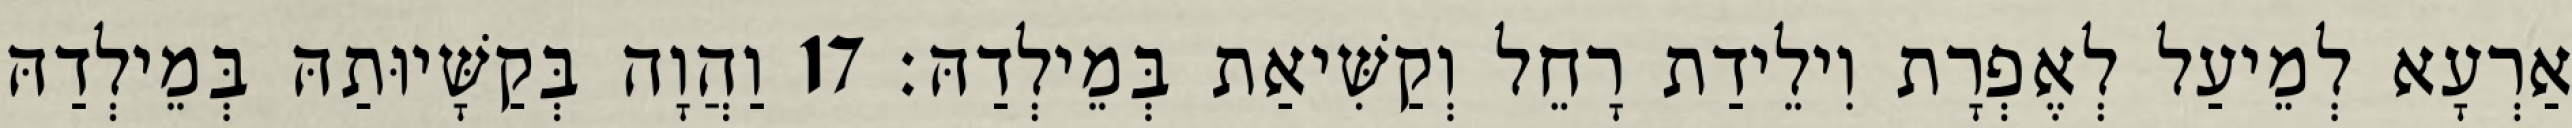
אַרְעָא לְמֵיעַל לְאֶפְרָת וִילֵידַת רָחֵל וְקַשִּׁיאַת בְּמֵילְדַהּ׃ 17 וַהֲוָה בְּקַשָּׁיוּתַהּ בְּמֵילְדַהּ